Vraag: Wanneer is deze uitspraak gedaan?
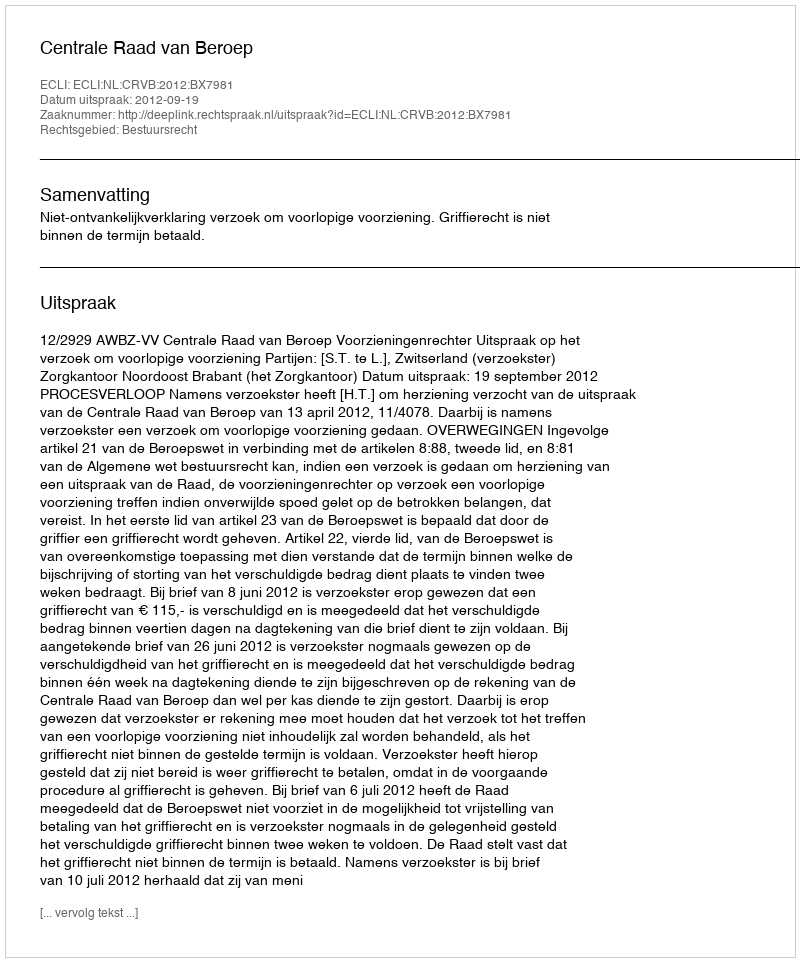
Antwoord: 2012-09-19